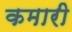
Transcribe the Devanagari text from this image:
कमारी